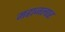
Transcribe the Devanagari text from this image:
महाजलार